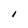
Character: I